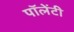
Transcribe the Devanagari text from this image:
पॉलेंटी